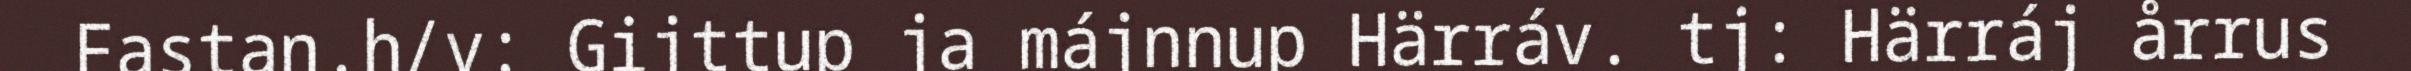
Fastan.h/v: Gijttup ja májnnup Härráv. tj: Härráj årrus